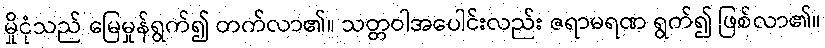
မှိုငုံသည် မြေမှုန်ရွက်၍ တက်လာ၏။ သတ္တဝါအပေါင်းလည်း ဇရာမရဏ ရွက်၍ ဖြစ်လာ၏။